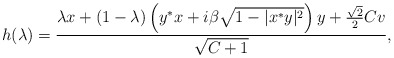
\begin{align*} h(\lambda) = \frac{ \lambda x + (1-\lambda) \left(y^*x + i \beta \sqrt{1-|x^*y|^2} \right) y + \frac{\sqrt{2}}{2}C v}{\sqrt{C+1}}, \end{align*}